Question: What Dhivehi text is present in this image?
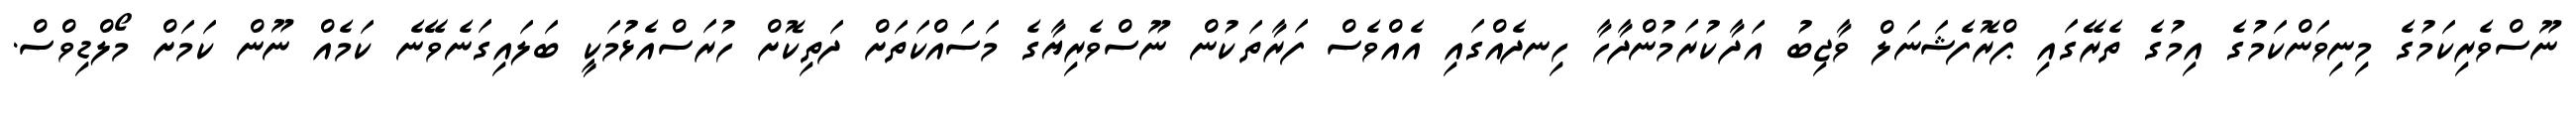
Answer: ނޫސްވެރިކަމުގެ މިނިވަންކަމުގެ އިމުގެ ތެރޭގައި ޕްރޮފެޝަނަލް ވާޖިބު އަދާކުރަމުންދާހާ ހިނދެއްގައި އެއްވެސް ފަރާތަކުން ނޫސްވެރިޔާގެ މަސައްކަތަށް ދަތިކޮށް ހުރަސްއެޅުމަކީ ބަލައިގަނެވޭނެ ކަމެއް ނޫން ކަމަށް މޯލްޑިވްސް.